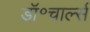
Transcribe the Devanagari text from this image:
डॉ॰चार्ल्स